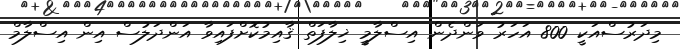
މިދަރުސްއަކީ 800 އަހަރު ވަންދެން އިސްލާމީ ޚިލާފަތް ޤާއިމުކޮށްފައިވާ އަންދަލުސް އިން އިސްލާމް